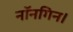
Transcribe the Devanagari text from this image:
नॉनगिन।